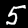
Digit: 5